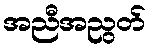
အညီအညွတ်